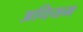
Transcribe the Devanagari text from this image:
अधियम